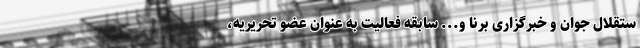
ستقلال جوان و خبرگزاری برنا و... سابقه فعالیت به عنوان عضو تحریریه،